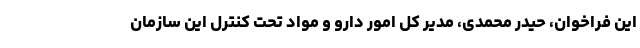
این فراخوان، حیدر محمدی، مدیر کل امور دارو و مواد تحت کنترل این سازمان